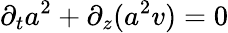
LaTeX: \partial_{t}a^{2}+\partial_{z}(a^{2}v)=0